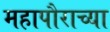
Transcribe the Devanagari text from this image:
महापौराच्या